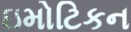
ઇમોટિકન